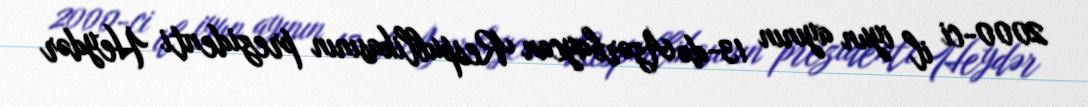
2000-ci il iyun ayının 13-də Azərbaycan Respublikasının prezidenti Heydər